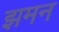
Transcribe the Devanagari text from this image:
झमन